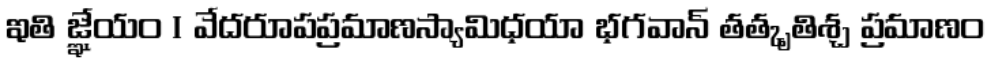
ఇతి జ్ఞేయం । వేదరూపప్రమాణస్యామిధయా భగవాన్ తత్కృతిశ్చ ప్రమాణం